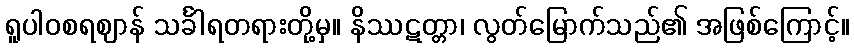
ရူပါဝစရဈာန် သင်္ခါရတရားတို့မှ။ နိဿဋတ္တာ၊ လွတ်မြောက်သည်၏ အဖြစ်ကြောင့်။